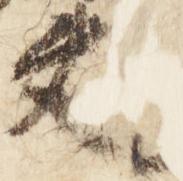
夫